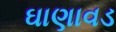
ઘાણાવડ